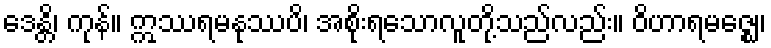
ဒေန္တိ၊ ကုန်။ ဣဿရမနုဿပိ၊ အစိုးရသောလူတို့သည်လည်း။ ဝိဟာရမဇ္ဈေ၊